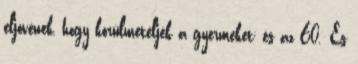
eljövének, hogy körülmetéljék a gyermeket; és az 60. És